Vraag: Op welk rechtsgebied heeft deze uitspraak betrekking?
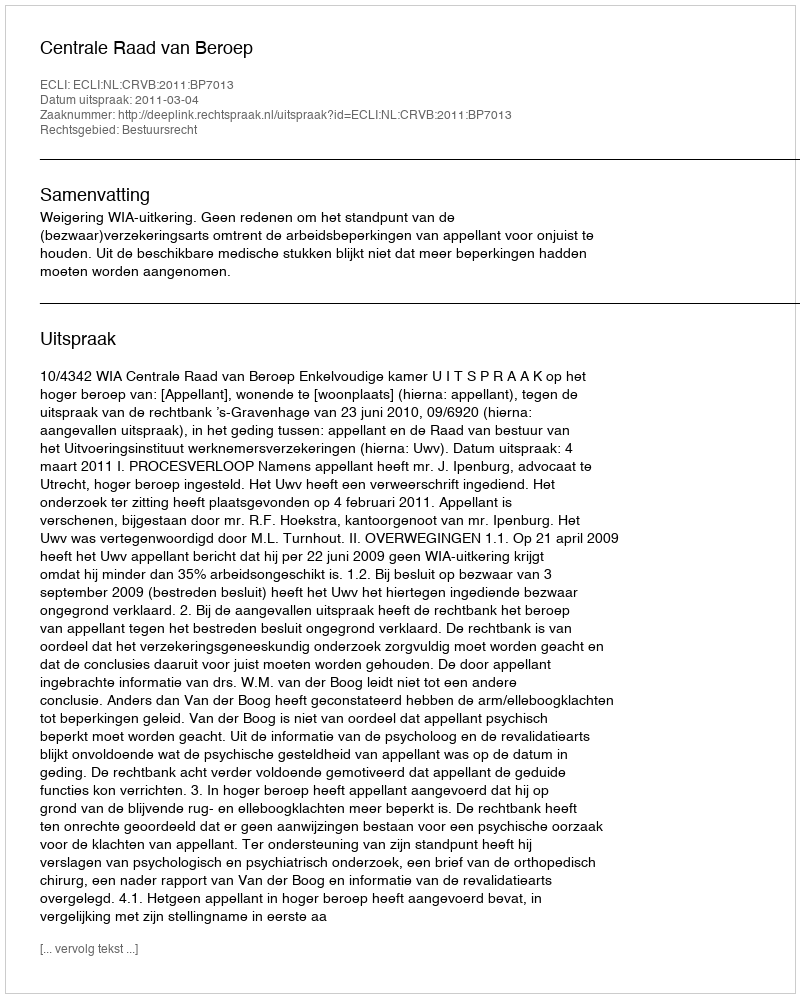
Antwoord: Bestuursrecht